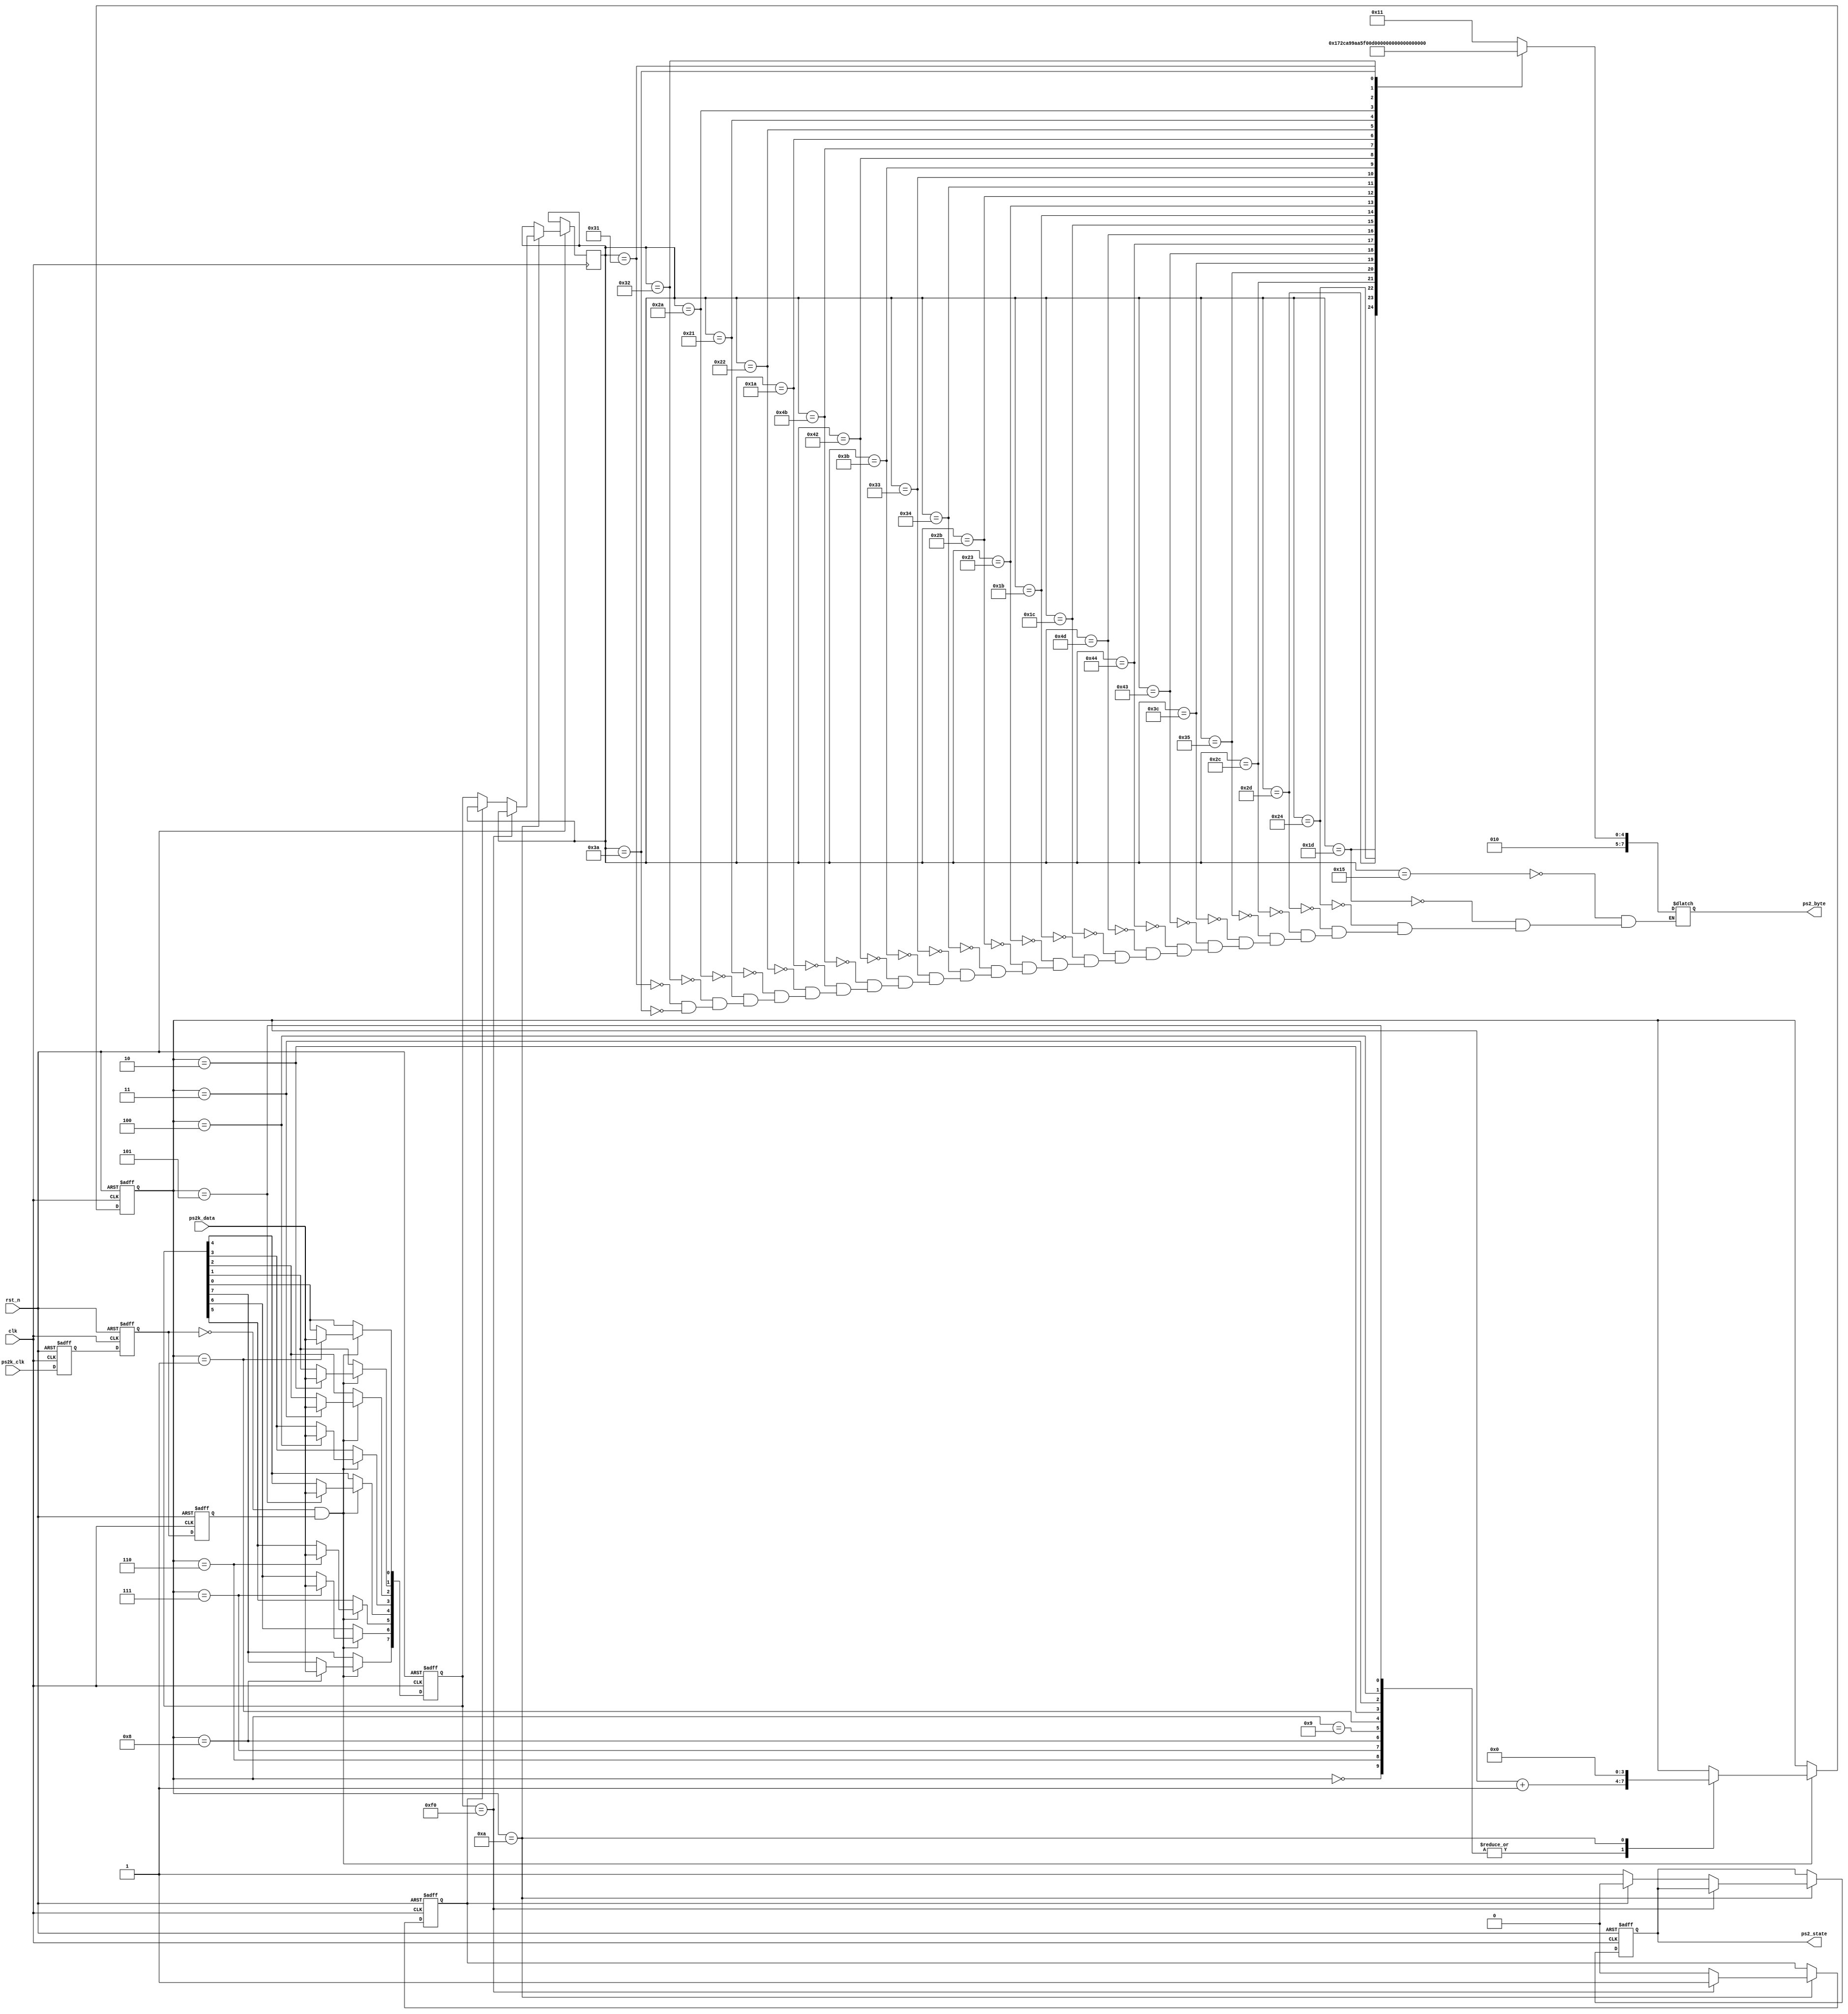
//ps2_scan
`timescale 1ns/1ps

module ps2_scan(
	clk, rst_n, ps2k_clk, ps2k_data,
	ps2_byte, ps2_state
);

input clk;				//50MHz
input rst_n;			//reset signal , active low
input ps2k_clk;			//PS2 
input ps2k_data;		//PS2 
output [7:0] ps2_byte;	//1byte
output ps2_state;		//1 : 

//----------------------------------------------------------------
reg ps2k_clk_r0, ps2k_clk_r1, ps2k_clk_r2;		//ps2k_clk

//wire pos_ps2k_clk;		//ps2k_clk
wire neg_ps2k_clk;		//ps2k_clk

always@(posedge clk or negedge rst_n)
begin
	if(!rst_n) begin
		ps2k_clk_r0 <= 1'b0;
		ps2k_clk_r1 <= 1'b0;
		ps2k_clk_r2 <= 1'b0;
	end
	else begin			//
		ps2k_clk_r0 <= ps2k_clk;
		ps2k_clk_r1 <= ps2k_clk_r0;
		ps2k_clk_r2 <= ps2k_clk_r1;
	end
end

assign neg_ps2k_clk = ~ps2k_clk_r1 & ps2k_clk_r2;		//

//----------------------------------------------------------------
reg [7:0] ps2_byte_r;		//PCPS2
reg [7:0] temp_data;		//
reg [3:0] num;				//

always@(posedge clk or negedge rst_n)
begin
	if(!rst_n) begin
		num <= 4'd0;
		temp_data <= 8'd0;
	end
	else if(neg_ps2k_clk) begin		//ps2k_clk
		case(num)
			4'd0:	num <= num + 1'b1;
			4'd1:	begin
						num <= num + 1'b1;
						temp_data[0] <= ps2k_data;	 	//bit0
					end
			4'd2:	begin
						num <= num + 1'b1;
						temp_data[1] <= ps2k_data;	 	//bit1
					end
			4'd3:	begin
						num <= num + 1'b1;
						temp_data[2] <= ps2k_data;	 	//bit2
					end
			4'd4:	begin
						num <= num + 1'b1;
						temp_data[3] <= ps2k_data;	 	//bit3
					end
			4'd5:	begin
						num <= num + 1'b1;
						temp_data[4] <= ps2k_data;	 	//bit4
					end
			4'd6:	begin
						num <= num + 1'b1;
						temp_data[5] <= ps2k_data;	 	//bit5
					end
			4'd7:	begin
						num <= num + 1'b1;
						temp_data[6] <= ps2k_data;	 	//bit6
					end
			4'd8:	begin
						num <= num + 1'b1;
						temp_data[7] <= ps2k_data;	 	//bit7
					end
			4'd9:	begin
						num <= num + 1'b1;				//
					end
			4'd10:	begin
						num <= 4'd0;					//num
					end
			default: ;
		endcase
	end
end

reg key_f0;	//1:8'hf0,
reg ps2_state_r;	//ps2_state_r = 1

always@(posedge clk or negedge rst_n)	//
begin
	if(!rst_n) begin
		key_f0 <= 1'b0;
		ps2_state_r <= 1'b0;
	end
	else if(num == 4'd10) begin		//
		if(temp_data == 8'hf0) key_f0 <= 1'b1;
		else begin
			if(!key_f0) begin		//
				ps2_state_r <= 1'b1;
				ps2_byte_r <= temp_data;	//
			end
			else begin
				ps2_state_r <= 1'b0;
				key_f0 <= 1'b0;
			end
		end
	end
end

reg [7:0] ps2_asci;		//ASCII

always@(ps2_byte_r)
begin
	case(ps2_byte_r)	//ASCII
		8'h15: ps2_asci <= 8'h51;	//Q
		8'h1d: ps2_asci <= 8'h57;	//W
		8'h24: ps2_asci <= 8'h45;	//E
		8'h2d: ps2_asci <= 8'h52;	//R
		8'h2c: ps2_asci <= 8'h54;	//T
		8'h35: ps2_asci <= 8'h59;	//Y
		8'h3c: ps2_asci <= 8'h55;	//U
		8'h43: ps2_asci <= 8'h49;	//I
		8'h44: ps2_asci <= 8'h4f;	//O
		8'h4d: ps2_asci <= 8'h50;	//P
		8'h1c: ps2_asci <= 8'h41;	//A
		8'h1b: ps2_asci <= 8'h53;	//S
		8'h23: ps2_asci <= 8'h44;	//D
		8'h2b: ps2_asci <= 8'h46;	//F
		8'h34: ps2_asci <= 8'h47;	//G
		8'h33: ps2_asci <= 8'h48;	//H
		8'h3b: ps2_asci <= 8'h4a;	//J
		8'h42: ps2_asci <= 8'h4b;	//K
		8'h4b: ps2_asci <= 8'h4c;	//L
		8'h1a: ps2_asci <= 8'h5a;	//Z
		8'h22: ps2_asci <= 8'h58;	//X
		8'h21: ps2_asci <= 8'h43;	//C
		8'h2a: ps2_asci <= 8'h56;	//V
		8'h32: ps2_asci <= 8'h42;	//B
		8'h31: ps2_asci <= 8'h4e;	//N
		8'h3a: ps2_asci <= 8'h4d;	//M
		default: ;		
	endcase
end

assign ps2_byte = ps2_asci;
assign ps2_state = ps2_state_r;

endmodule